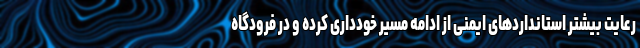
رعایت بیشتر استانداردهای ایمنی از ادامه مسیر خودداری کرده و در فرودگاه